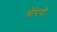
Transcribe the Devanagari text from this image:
थेरियाँ